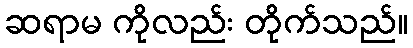
ဆရာမ ကိုလည်း တိုက်သည်။